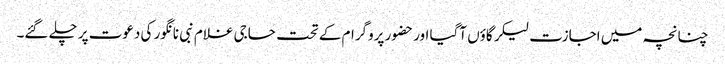
چنانچہ میں اجازت لیکر گاؤں آگیا اور حضور پروگرام کے تحت حاجی غلام نبی نانگور کی دعوت پر چلے گئے۔